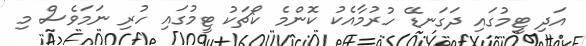
އަދި ޓީމުގައި ދަގަނޑޭ ހުރުމާއެކު ކޮންމެ ކޯޗަކު ޓީމުގައި ހުރި ނަމަވެސް މި